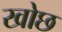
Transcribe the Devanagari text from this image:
खोछ